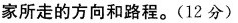
家所走的方向和路程。（12分）